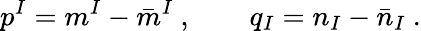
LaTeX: p^{I}=m^{I}-\bar{m}^{I}\ ,\qquad q_{I}=n_{I}-\bar{n}_{I}\ .